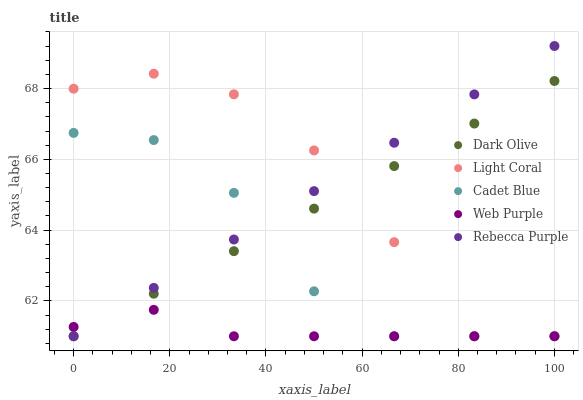
| xaxis_label | Dark Olive | Light Coral | Cadet Blue | Web Purple | Rebecca Purple |
 | --- | --- | --- | --- | --- | --- |
 | 0 | 61 | 68 | 66.7 | 61.3 | 61 |
 | 16.7 | 62.2 | 68.4 | 66.5 | 61.7 | 62.4 |
 | 33.3 | 63.4 | 67.8 | 65.1 | 61 | 63.7 |
 | 50 | 64.6 | 66.3 | 62.3 | 61 | 65.1 |
 | 66.7 | 65.8 | 63.7 | 61 | 61 | 66.5 |
 | 83.3 | 67 | 61 | 61 | 61 | 67.8 |
 | 100 | 68.2 | 61 | 61 | 61 | 69.2 |